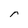
Character: r